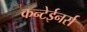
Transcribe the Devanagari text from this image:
कन्टेईनर्स